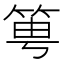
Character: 𥭢